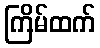
ကြိမ်ထက်